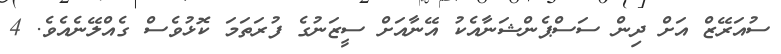
ސުއަރޭޒް އަށް ދިން ސަސްޕެންޝަނާއެކު އޭނާއަށް ސީޒަނުގެ ފުރަތަމަ ކޮޅުވެސް ގެއްލޭނެއެވެ. 4